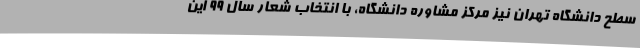
سطح دانشگاه تهران نیز مرکز مشاوره دانشگاه، با انتخاب شعار سال 99 این